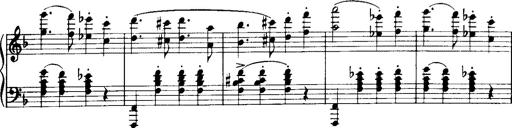
Title: Historische ungarische Bildnisse
Composer: Franz Liszt